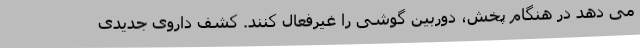
می دهد در هنگام پخش، دوربین گوشی را غیرفعال کنند. کشف داروی جدیدی